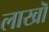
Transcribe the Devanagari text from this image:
लाखॊ